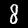
Label: 8